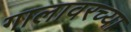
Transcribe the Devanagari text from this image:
गालावरच्या